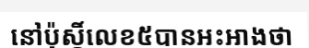
នៅប៉ុស្តិ៍លេខ៥បានអះអាងថា